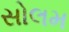
સોલમ